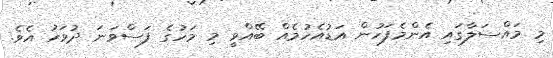
މި މައްސަލާގައި އެންމެފަހުން އަޑުއެހުމެއް ބޭއްވީ މި މަހުގެ ފަސްވަނަ ދުވަހު އެވެ.